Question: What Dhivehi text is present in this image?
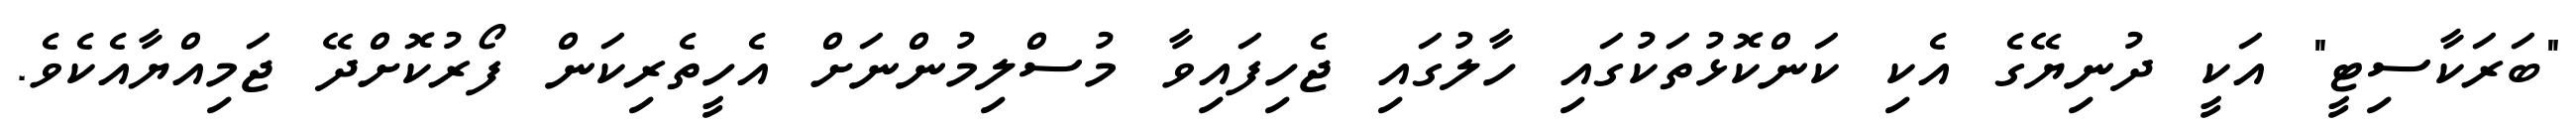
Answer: "ބަރަކާސިޓީ" އަކީ ދުނިޔޭގެ އެކި ކަންކޮޅުތަކުގައި ހާލުގައި ޖެހިފައިވާ މުސްލިމުންނަށް އެހީތެރިކަން ފޯރުކޮށްދޭ ޖަމިއްޔާއެކެވެ.